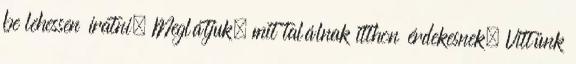
be lehessen íratni. Meglátjuk, mit találnak itthon érdekesnek. Vittünk